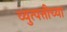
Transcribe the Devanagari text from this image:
व्युत्पत्तीच्या